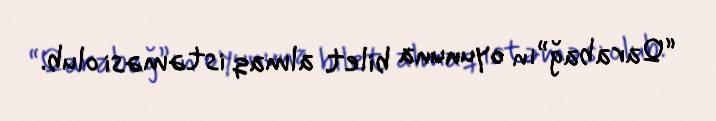
“Qarabağ”ın oyununa bilet almaq istəməsi olub.